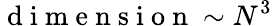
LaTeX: \mathrm{~d~i~m~e~n~s~i~o~n~}\sim N^{3}